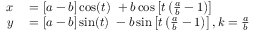
\begin{array} { r l } { x } & { { } = [ a - b ] \cos ( t ) \ + b \cos \left[ t \left( { \frac { a } { b } } - 1 \right) \right] } \\ { y } & { { } = [ a - b ] \sin ( t ) \ - b \sin \left[ t \left( { \frac { a } { b } } - 1 \right) \right] , k = { \frac { a } { b } } } \end{array}